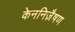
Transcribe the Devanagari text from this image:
केननिज़ैषण